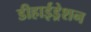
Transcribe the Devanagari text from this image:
डीहाईड्रेशन